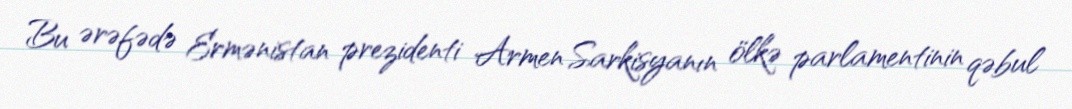
Bu ərəfədə Ermənistan prezidenti Armen Sarkisyanın ölkə parlamentinin qəbul